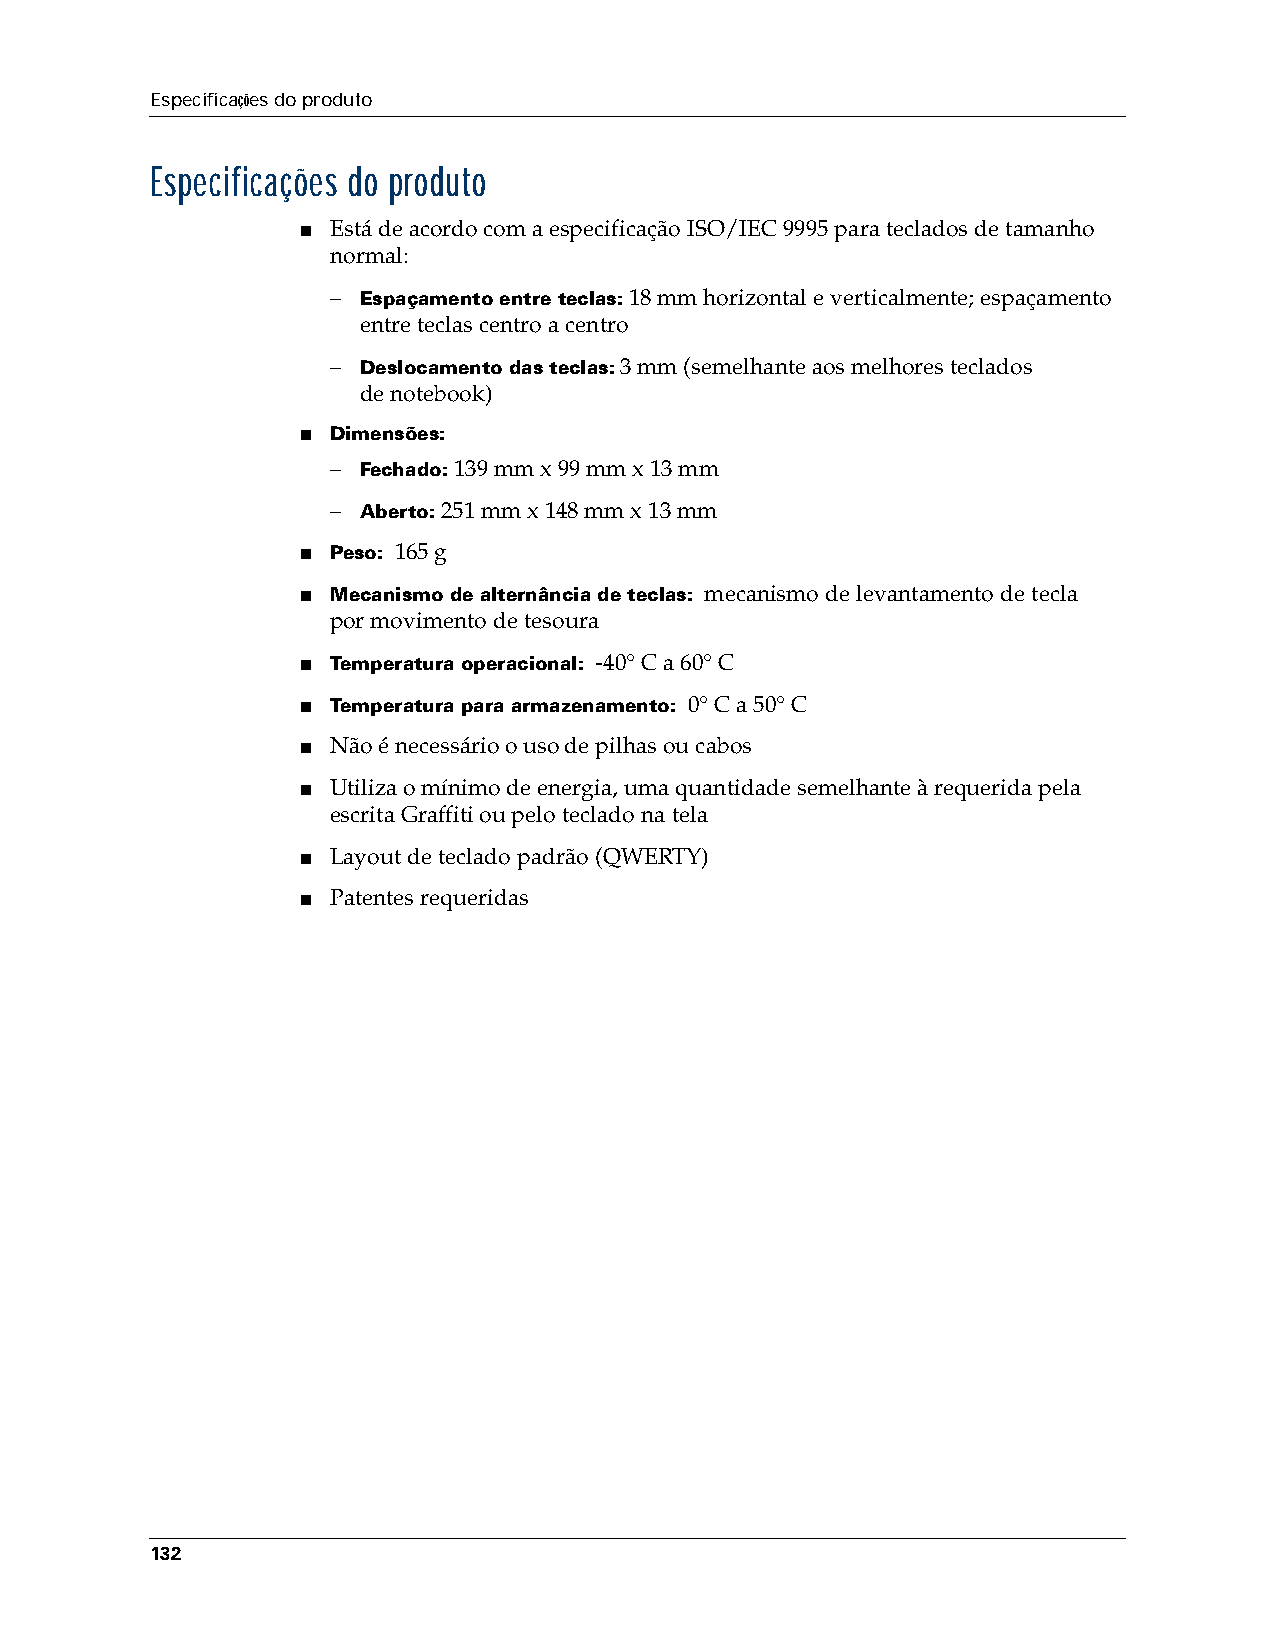
Especificações do produto
 Especificações do produto
 ■ Está de acordo com a especificação ISO/IEC 9995 para teclados de tamanho
 normal:
 – Espaçamento entre teclas: 18 mm horizontal e verticalmente; espaçamento
 entre teclas centro a centro
 – Deslocamento das teclas: 3 mm (semelhante aos melhores teclados
 denotebook)
 ■ Dimensões:
 – Fechado: 139 mm x 99 mm x 13 mm
 – Aberto: 251 mm x 148 mm x 13 mm
 ■ Peso: 165 g
 ■ Mecanismo de alternância de teclas: mecanismo de levantamento de tecla
 pormovimento de tesoura
 ■ Temperatura operacional: -40° C a 60° C
 ■ Temperatura para armazenamento: 0° C a 50° C
 ■ Não é necessário o uso de pilhas ou cabos
 ■ Utiliza o mínimo de energia, uma quantidade semelhante à requerida pela
 escrita Graffiti ou pelo teclado na tela
 ■ Layout de teclado padrão (QWERTY)
 ■ Patentes requeridas
 132